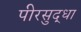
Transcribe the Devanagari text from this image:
पीरसुद्धा